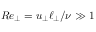
R e _ { \perp } = u _ { \perp } \ell _ { \perp } / \nu \gg 1